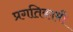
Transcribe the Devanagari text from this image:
प्रगतिकामी